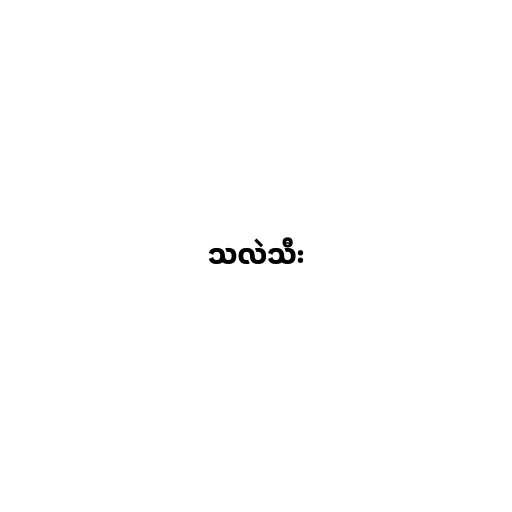
သလဲသီး